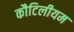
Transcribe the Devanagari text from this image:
कौटिलीयम